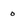
Character: o